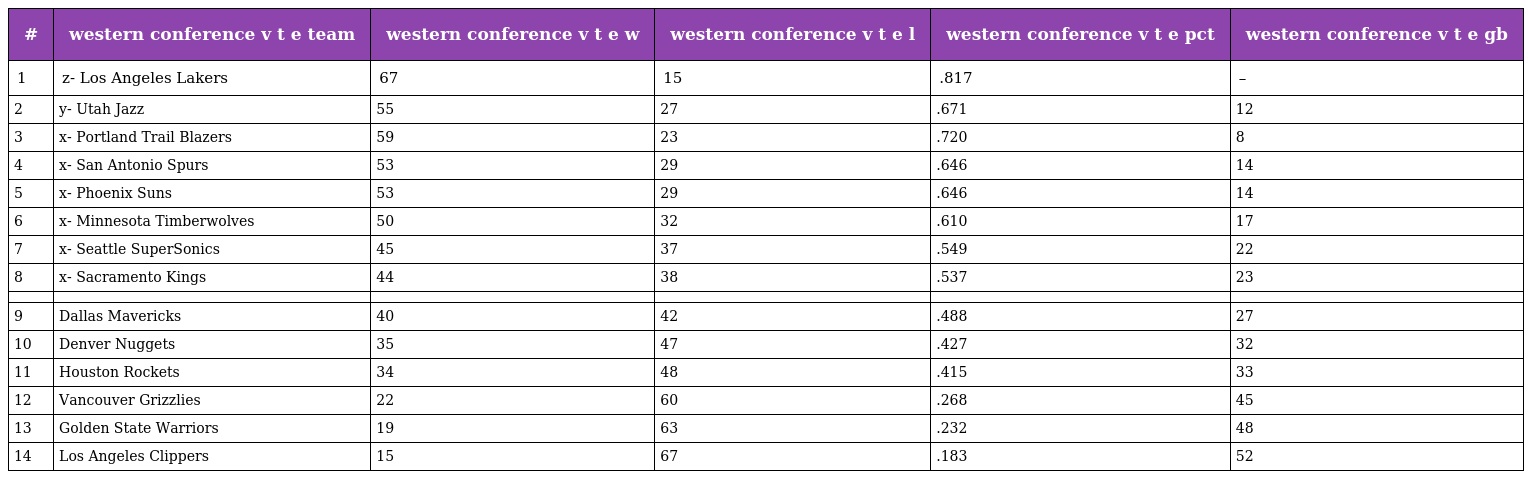
| # | western conference v t e team | western conference v t e w | western conference v t e l | western conference v t e pct | western conference v t e gb |
 | --- | --- | --- | --- | --- | --- |
 | 1 | z- Los Angeles Lakers | 67 | 15 | .817 | – |
 | 2 | y- Utah Jazz | 55 | 27 | .671 | 12 |
 | 3 | x- Portland Trail Blazers | 59 | 23 | .720 | 8 |
 | 4 | x- San Antonio Spurs | 53 | 29 | .646 | 14 |
 | 5 | x- Phoenix Suns | 53 | 29 | .646 | 14 |
 | 6 | x- Minnesota Timberwolves | 50 | 32 | .610 | 17 |
 | 7 | x- Seattle SuperSonics | 45 | 37 | .549 | 22 |
 | 8 | x- Sacramento Kings | 44 | 38 | .537 | 23 |
 |  |  |  |  |  |  |
 | 9 | Dallas Mavericks | 40 | 42 | .488 | 27 |
 | 10 | Denver Nuggets | 35 | 47 | .427 | 32 |
 | 11 | Houston Rockets | 34 | 48 | .415 | 33 |
 | 12 | Vancouver Grizzlies | 22 | 60 | .268 | 45 |
 | 13 | Golden State Warriors | 19 | 63 | .232 | 48 |
 | 14 | Los Angeles Clippers | 15 | 67 | .183 | 52 |